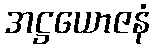
အဋ္ဌယောဇနံ